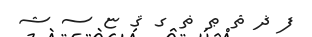
ފ ޛ ޘ ޠ ޡ ގ ޤ ޏ ސ ޝ